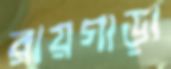
রায়গাড়া